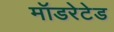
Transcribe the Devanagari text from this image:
मॉडरेटेड